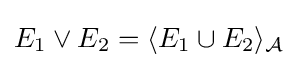
E_{1}\vee E_{2}=\langle E_{1}\cup E_{2}\rangle _{\mathcal {A}}